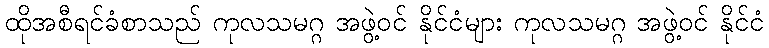
ထိုအစီရင်ခံစာသည် ကုလသမဂ္ဂ အဖွဲ့ဝင် နိုင်ငံများ ကုလသမဂ္ဂ အဖွဲ့ဝင် နိုင်ငံ